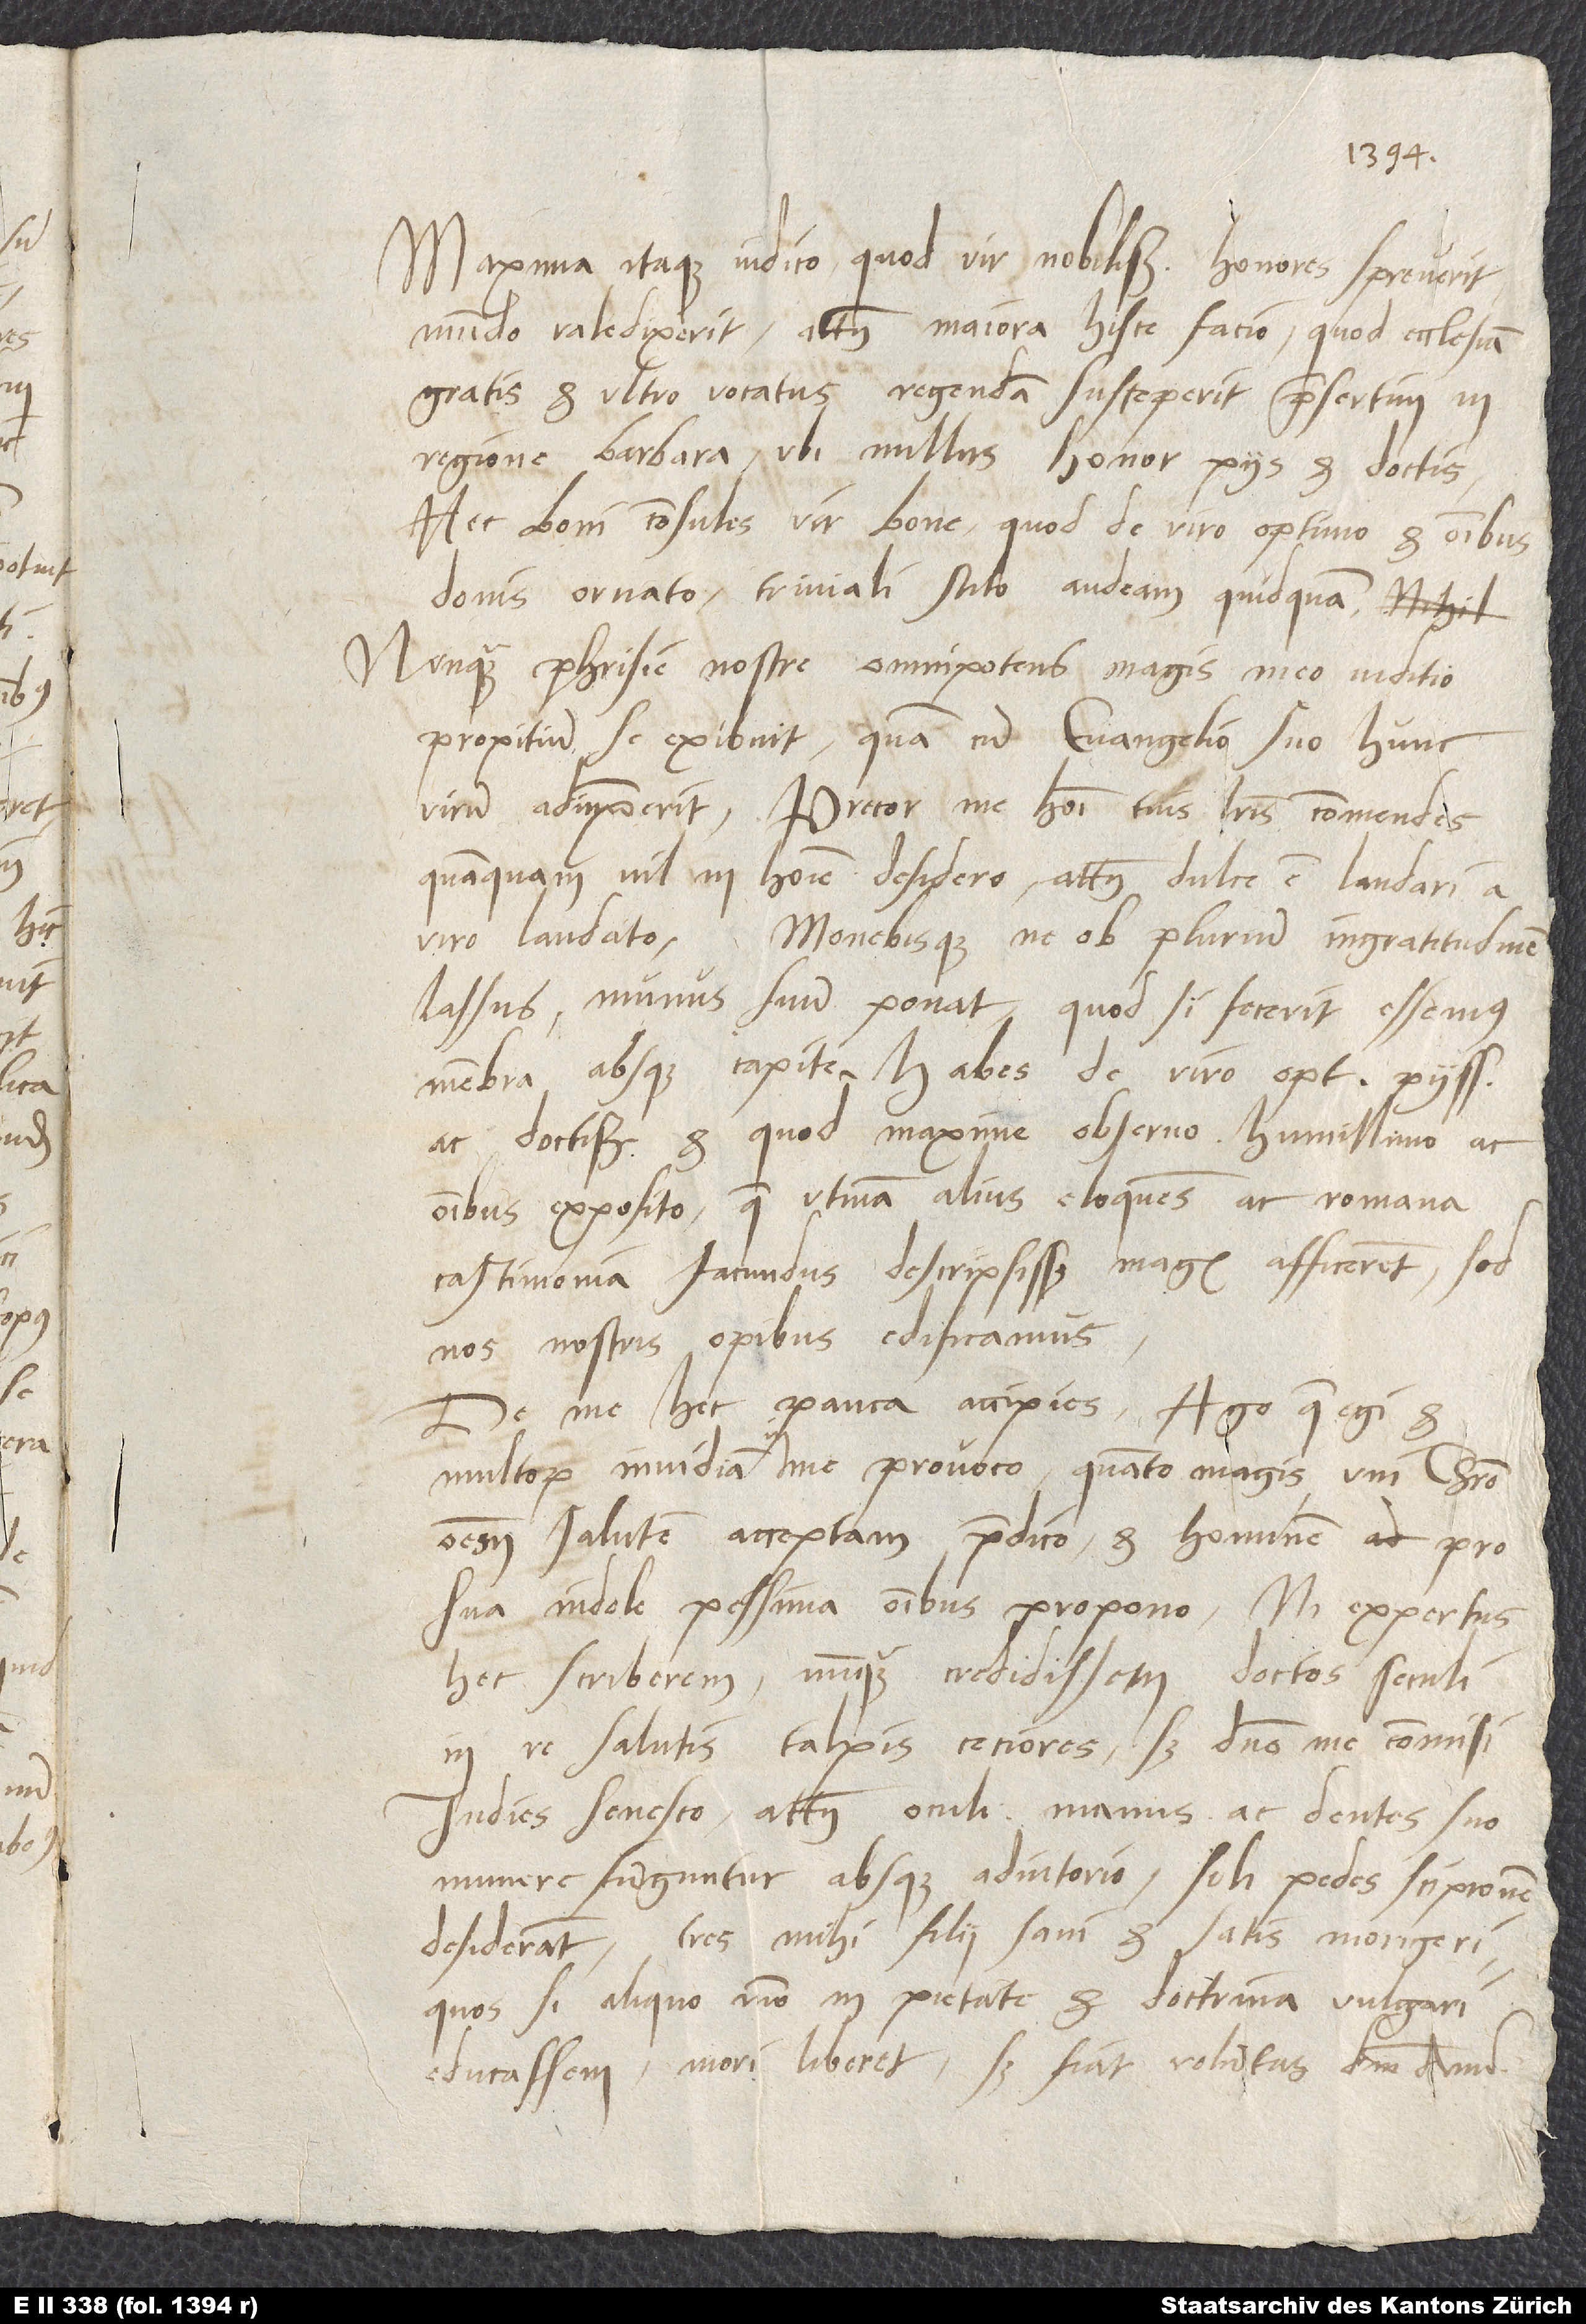
1544.
Maxima itaque iudico, quod vir nobilissimus honores spreverit,
mundo valedixerit; attamen maiora hisce facio, quod ecclesiam
gratis et ultro vocatus regendam susceperit, praesertim in
regione barbara, ubi nullus honor piis et doctis.
Hec boni consules, vir bone, quod de viro optimo et omnibus
donis ornato triviali stilo audeam quidquam.
Nunquam Phrisie nostre omnipotens magis meo iuditio
propitium se exibuit, quam cum evangelio suo hunc
virum adiunxerit. Precor, me homini tuis literis commendes,
quanquam nil in homine desidero, attamen dulce est laudari a
viro laudato. Monebisque, ne ob plurium ingratitudinem
lassus munus suum ponat; quod si fecerit, essemus
membra absque capite. Habes de viro optimo, piissimo
ac doctissimo et, quod maxime observo, humillimo ac
omnibus exposito; quem utinam alius eloquens ac Romana
castimonia facundus descripsisset! Magis afficeret, sed
nos nostris opibus edificamus.
De me hec pauca accipies: Ago, quae egi, et
multorum invidiam in me provoco, quanto magis uni Christo
omnem salutem acceptam praedico et hominem pro
sua indole pessima omnibus propono. Ni expertus
hec scriberem, nunquam credidissem doctos seculi
in re salutis talpis ceciores; sed domino me commisi.
Indies senesco; attamen oculi, manus ac dentes suo
munere funguntur absque adiutorio; soli pedes scipionem
desiderant. Tres mihi filii sani et satis morigeri,
quos si aliquo modo in pietate et doctrina vulgari
educassem, mori liberet; sed fiat voluntas domini. Amen.